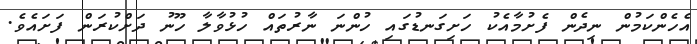
އެހެންކަމުން ނިދެން ފެށުމާއެކު ހަށިގަނޑުގައި ހުންނަ ނާރުތައް ހުޅުވާލާ ހޫނު ދަށްކުރަން ފަށައެވެ.